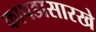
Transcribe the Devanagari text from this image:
कापडासारखे